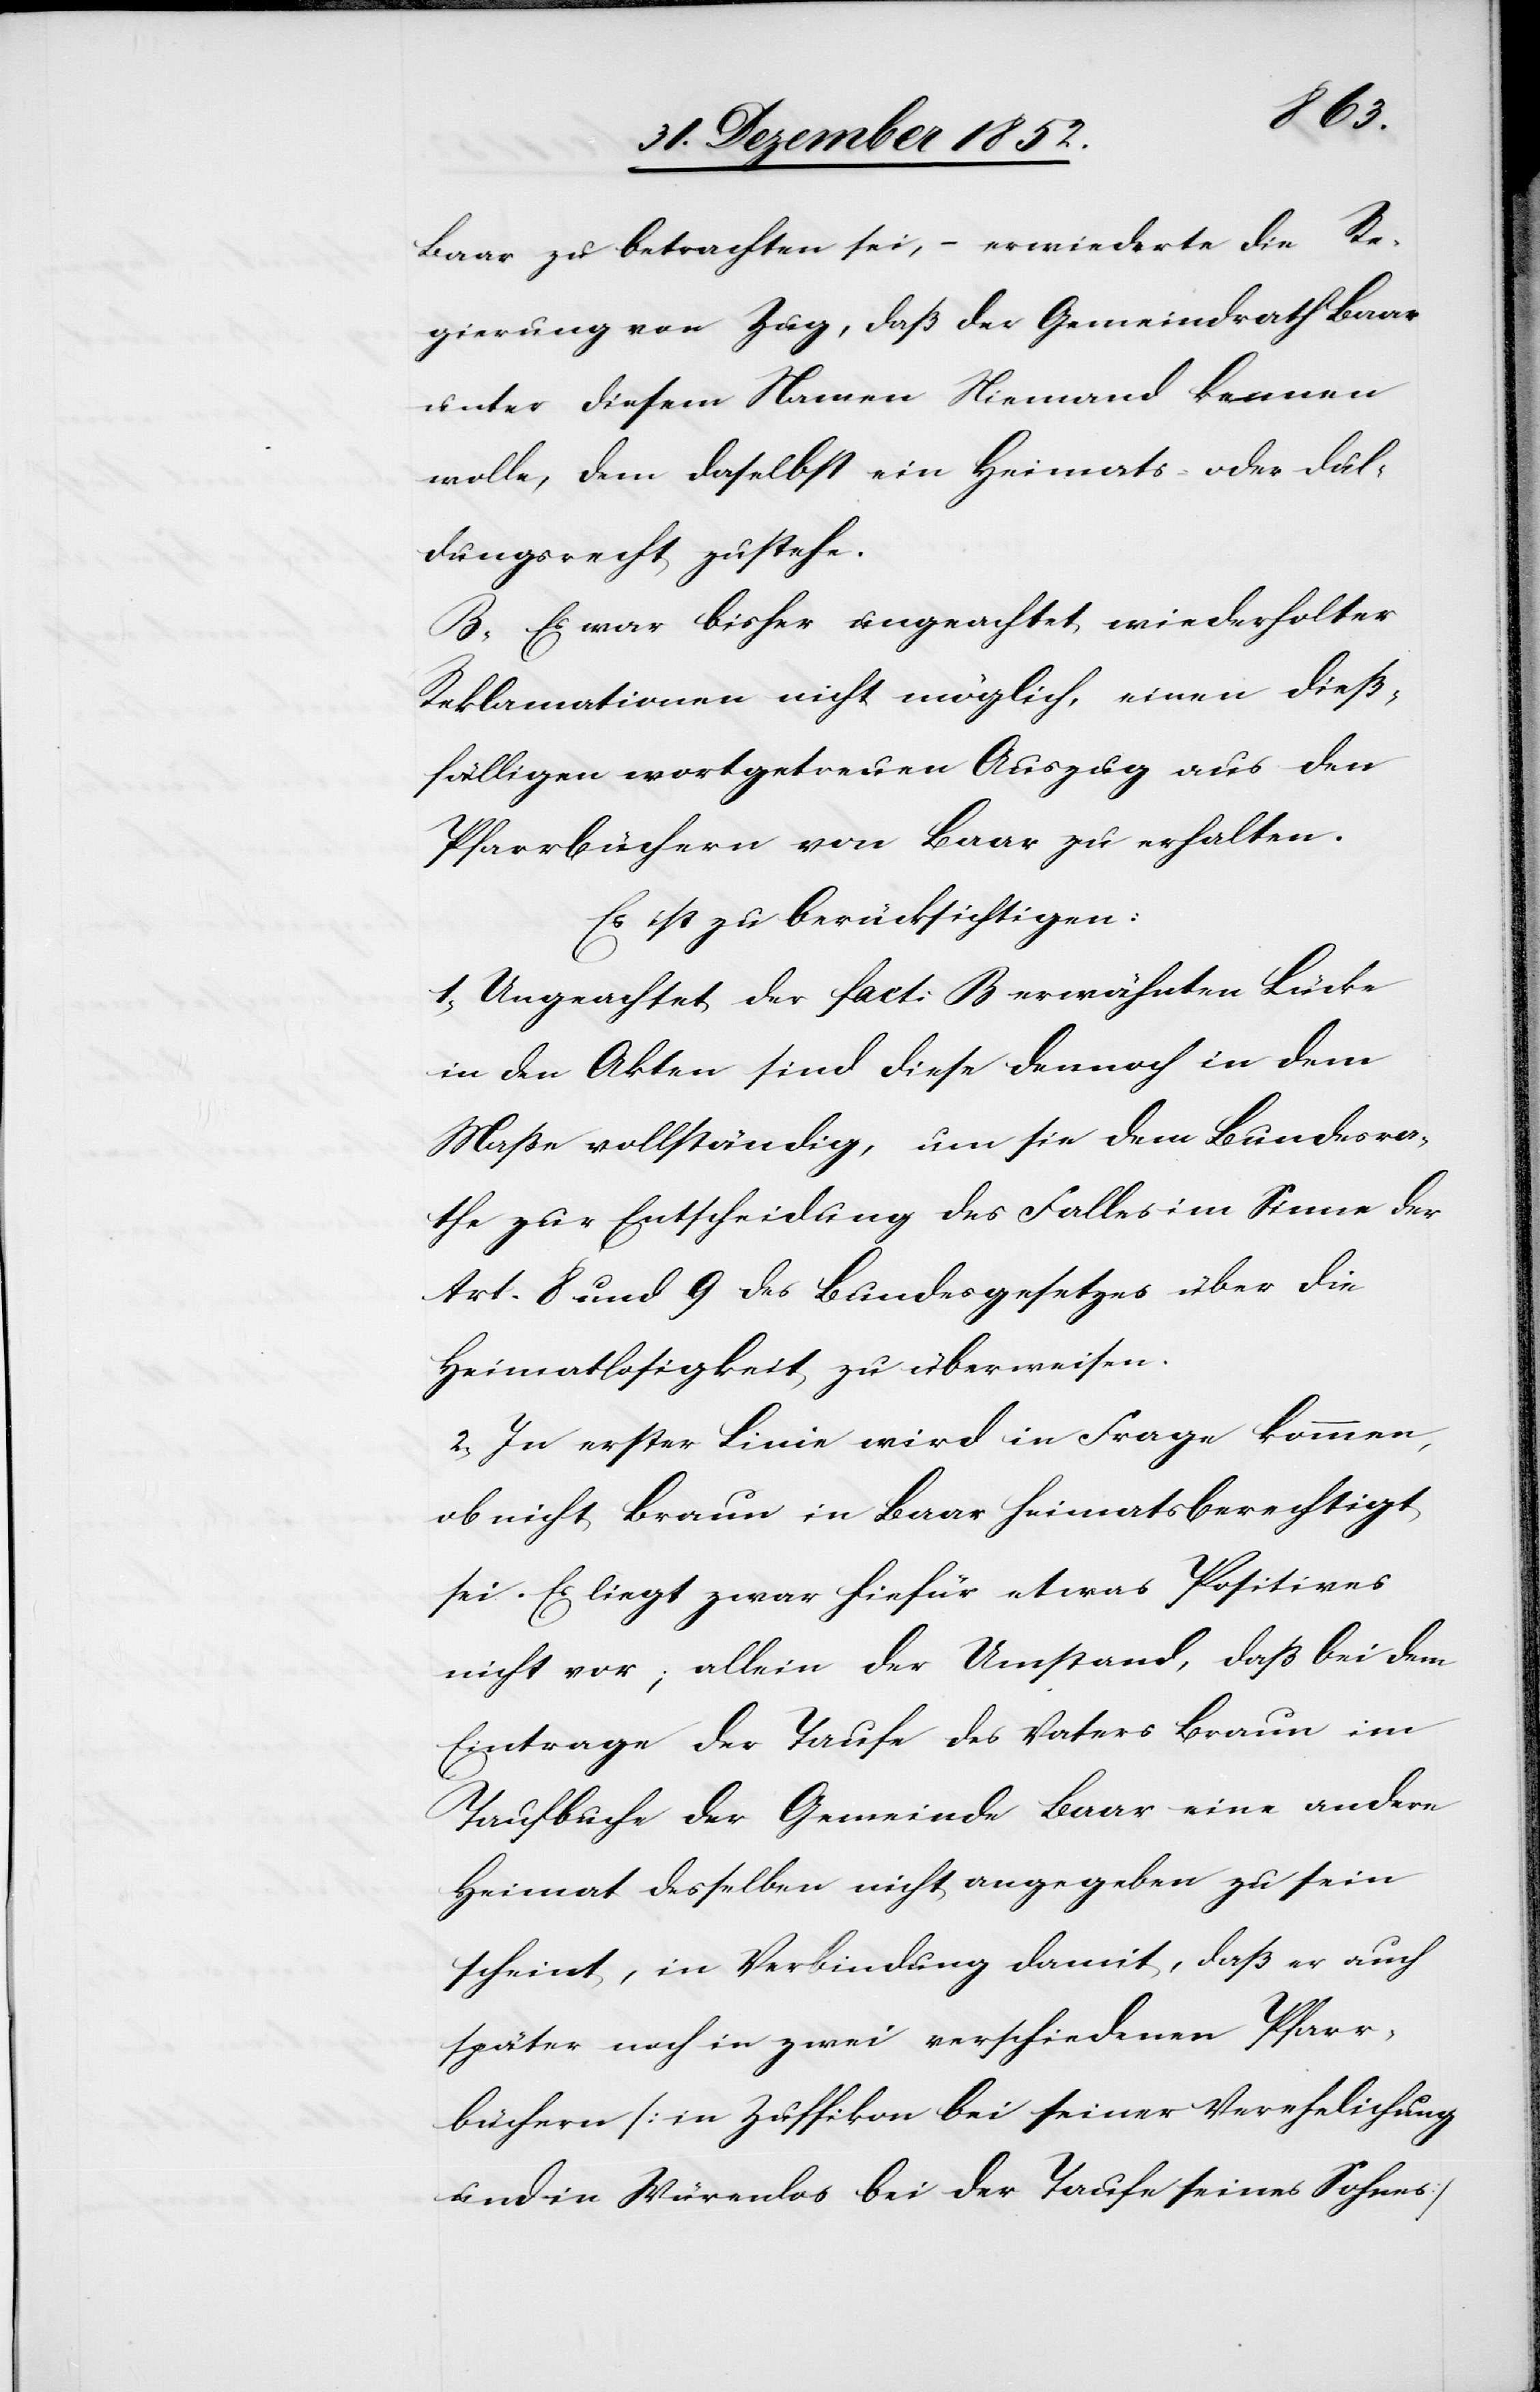
Baar zu betrachten sei, – erwiederte die Re¬
gierung von Zug, daß der Gemeindrath Baar
unter diesem Namen Niemand kennen
wolle, dem daselbst ein Heimats- oder Dul¬
dungsrecht zustehe.
B, Es war bisher ungeachtet wiederholter
Reklamationen nicht möglich, einen dieß¬
fälligen wortgetreuen Auszug aus den
Pfarrbüchern von Baar zu erhalten.
Es ist zu berücksichtigen:
1, Ungeachtet der fact: B erwähnten Lücke
in den Akten sind diese dennoch in dem
Maße vollständig, um sie dem Bundesra¬
the zur Entscheidung des Falles im Sinne der
Art. 8 und 9 des Bundesgesetzes über die
Heimatlosigkeit zu überweisen.
2, In erster Linie wird in Frage kommen,
ob nicht Braun in Baar heimatsberechtigt
sei. Es liegt zwar hiefür etwas Positives
nicht vor; allein der Umstand, daß bei dem
Eintrage der Taufe des Vaters Braun im
Taufbuche der Gemeinde Baar eine andere
Heimat desselben nicht angegeben zu sein
scheint, in Verbindung damit, daß er auch
später noch in zwei verschiedenen Pfarr¬
büchern [in Zuffikon bei seiner Verehelichung
und in Würenlos bei der Taufe seines Sohnes]